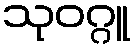
သုဝဂ္ဂူ